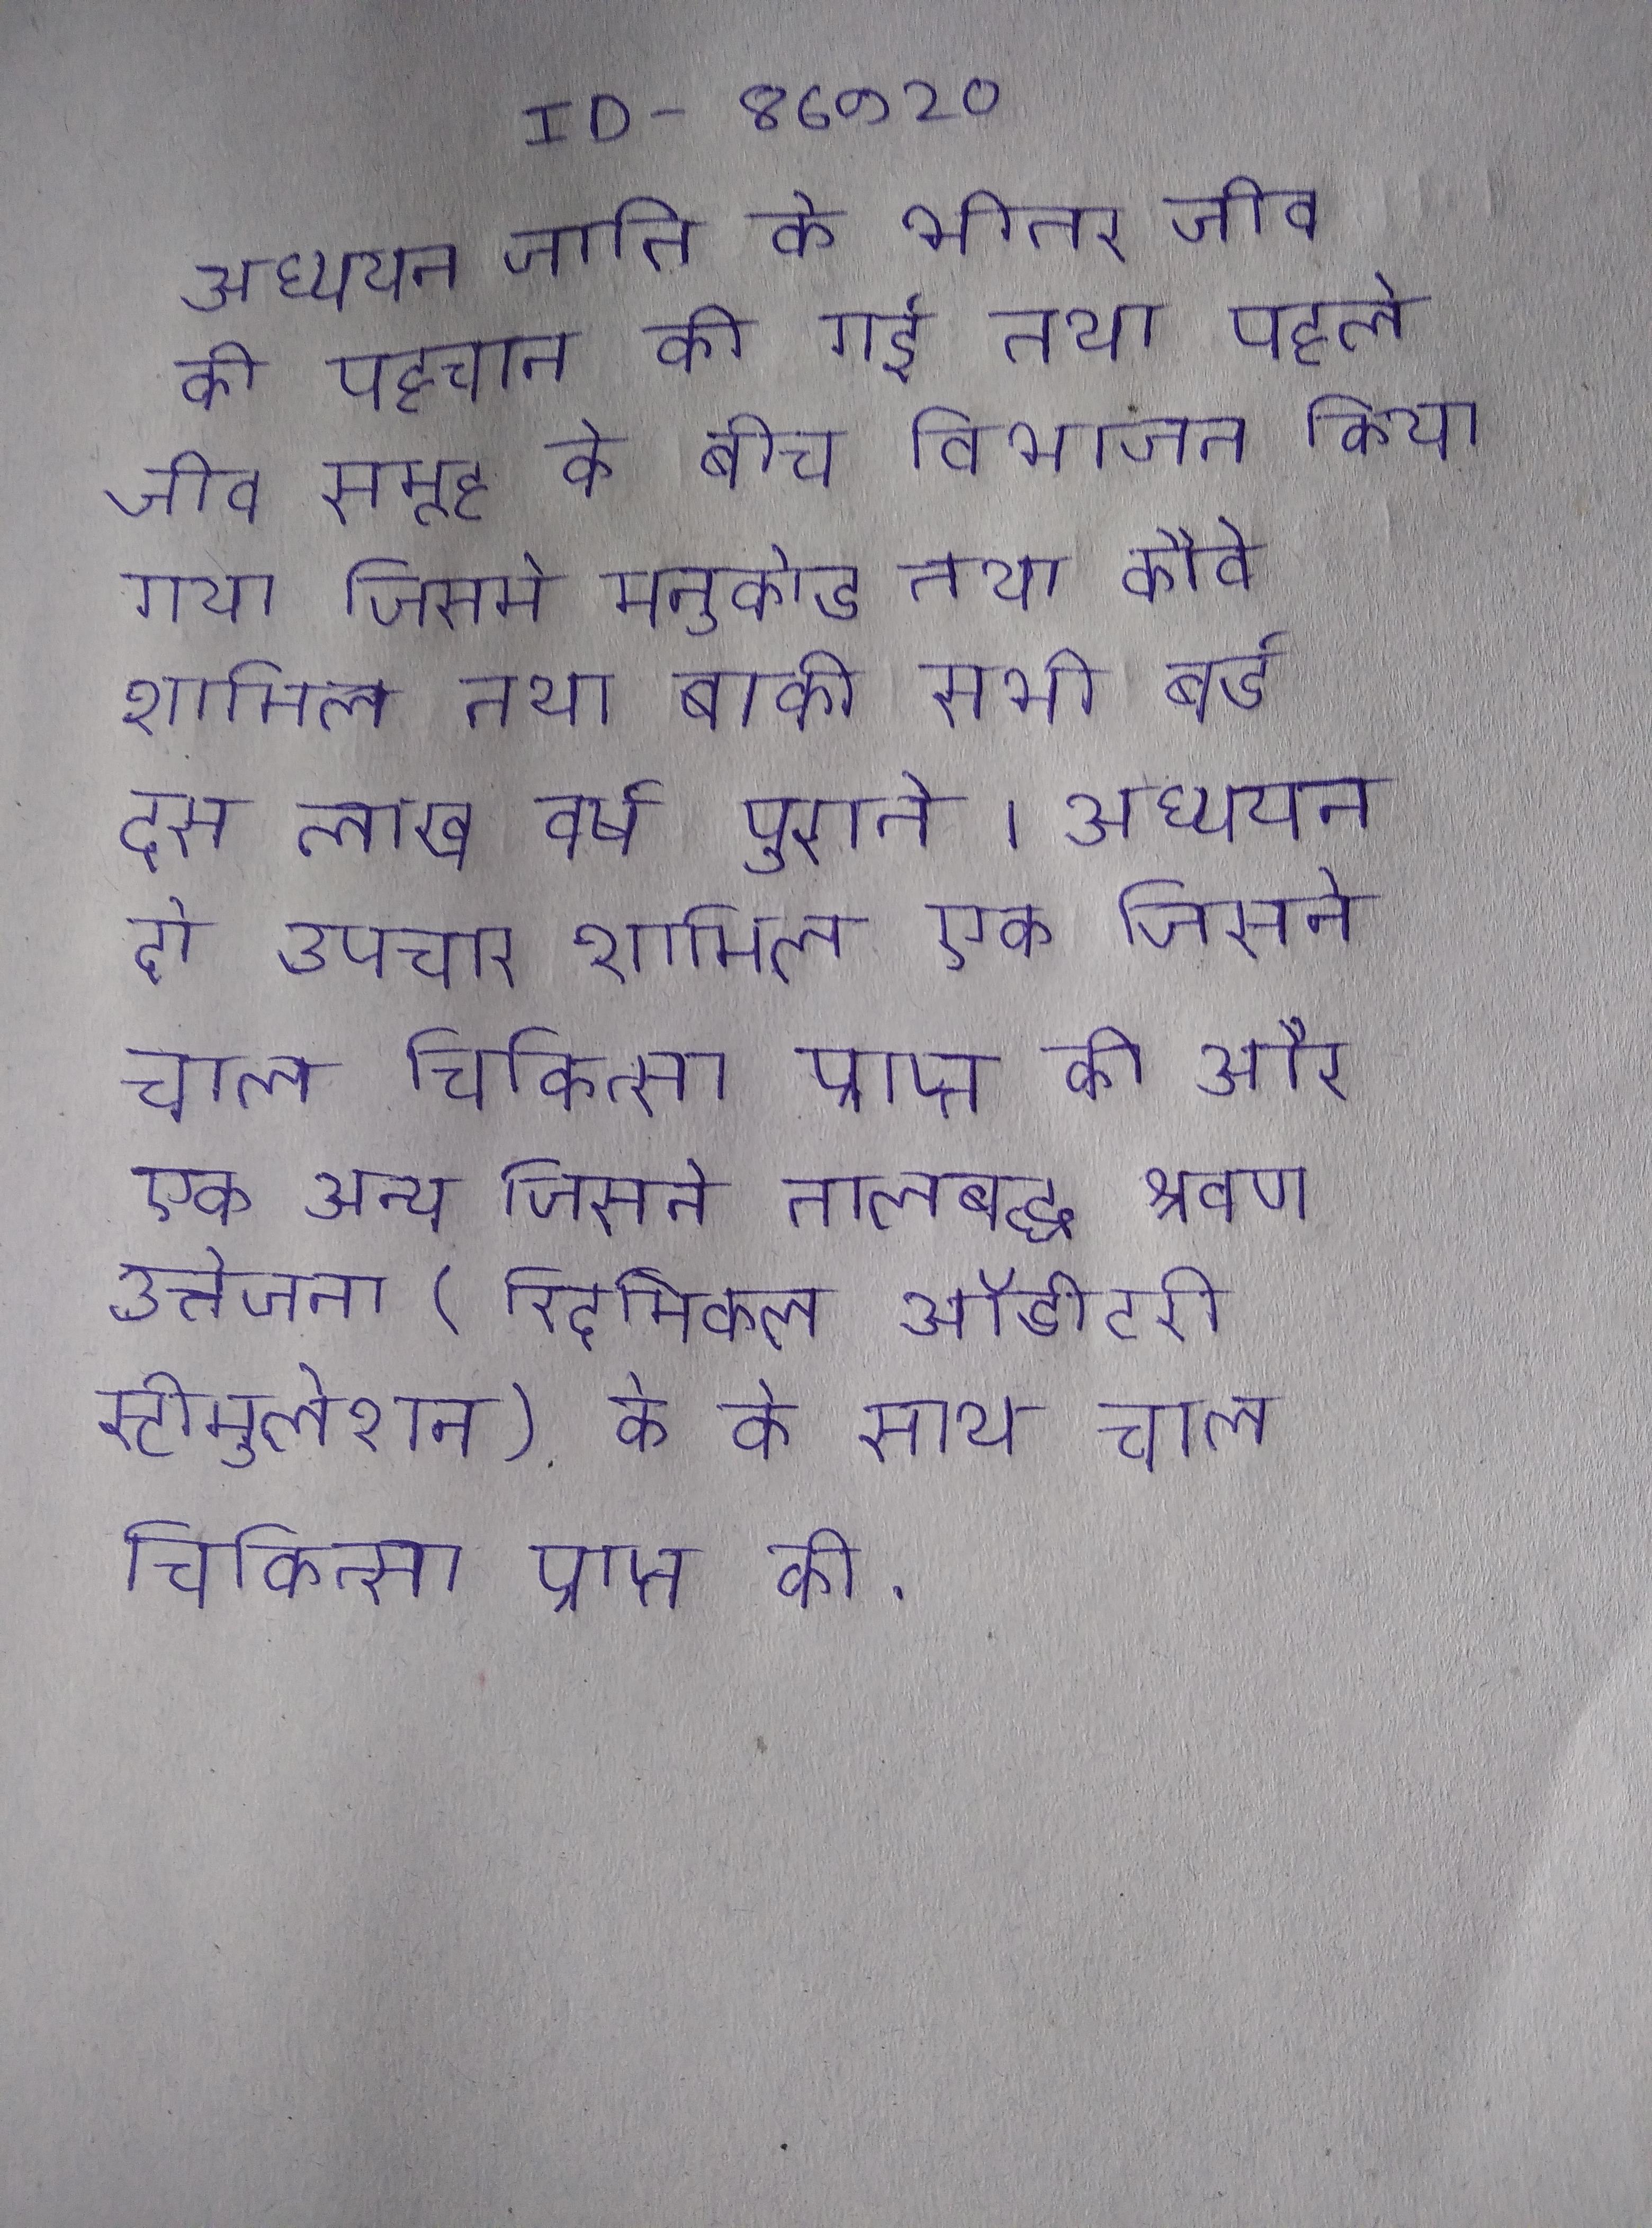
अध्ययन जाति के भीतर जीव की पहचान की गई तथा पहले जीव समूह के बीच विभाजन किया गया जिसमे मनुकोड तथा कौवे शामिल तथा बाकी सभी बर्ड दस लाख वर्ष पुराने । अध्ययन दो उपचार शामिल एक जिसने चाल चिकित्सा प्राप्त की और एक अन्य जिसने तालबद्ध श्रवण उत्तेजना (रिदमिकल ऑडीटरी स्टीमुलेशन) के के साथ चाल चिकित्सा प्राप्त की .